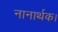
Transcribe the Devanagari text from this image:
नानार्थक।